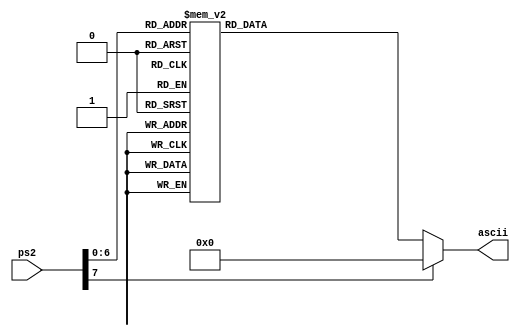
`timescale 1ps / 1ps
module PS2_to_ASCII(
    input [7:0] ps2,
    output reg [7:0] ascii
);

always @(ps2) begin
    // $display("PS2code %b", ps2);
    case (ps2)
        8'h15: ascii <= 8'h71;	// q
        8'h16: ascii <= 8'h31;	// 1
        8'h1a: ascii <= 8'h7a;	// z
        8'h1b: ascii <= 8'h73;	// s
        8'h1c: ascii <= 8'h61;	// a
        8'h1d: ascii <= 8'h77;	// w
        8'h1e: ascii <= 8'h32;	// 2
        8'h21: ascii <= 8'h63;	// c
        8'h22: ascii <= 8'h78;	// x
        8'h23: ascii <= 8'h64;	// d
        8'h24: ascii <= 8'h65;	// e
        8'h25: ascii <= 8'h34;	// 4
        8'h26: ascii <= 8'h33;	// 3
        8'h29: ascii <= 8'h20;	// space
        8'h2a: ascii <= 8'h76;	// v
        8'h2b: ascii <= 8'h66;	// f
        8'h2c: ascii <= 8'h74;	// t
        8'h2d: ascii <= 8'h72;	// r
        8'h2e: ascii <= 8'h35;	// 5
        8'h31: ascii <= 8'h6e;	// n
        8'h32: ascii <= 8'h62;	// b
        8'h33: ascii <= 8'h68;	// h
        8'h34: ascii <= 8'h67;	// g
        8'h35: ascii <= 8'h79;	// y
        8'h36: ascii <= 8'h36;	// 6
        8'h3a: ascii <= 8'h6d;	// m
        8'h3b: ascii <= 8'h6a;	// j
        8'h3c: ascii <= 8'h75;	// u
        8'h3d: ascii <= 8'h37;	// 7
        8'h3e: ascii <= 8'h38;	// 8
        8'h42: ascii <= 8'h6b;	// k
        8'h43: ascii <= 8'h69;	// i
        8'h44: ascii <= 8'h6f;	// o
        8'h45: ascii <= 8'h30;	// 0
        8'h46: ascii <= 8'h39;	// 9
        8'h4b: ascii <= 8'h6c;	// l
        8'h4d: ascii <= 8'h70;	// p
        default: ascii <= 8'h00;
    endcase
end

endmodule